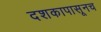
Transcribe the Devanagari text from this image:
दशकापासूनच